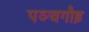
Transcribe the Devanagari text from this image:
पञ्चगौड़